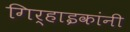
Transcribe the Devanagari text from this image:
गिर्‍हाइकांनी